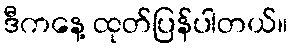
ဒီကနေ့ ထုတ်ပြန်ပါတယ်။